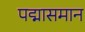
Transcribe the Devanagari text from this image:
पद्मासमान